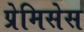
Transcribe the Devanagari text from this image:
प्रेमिसेस